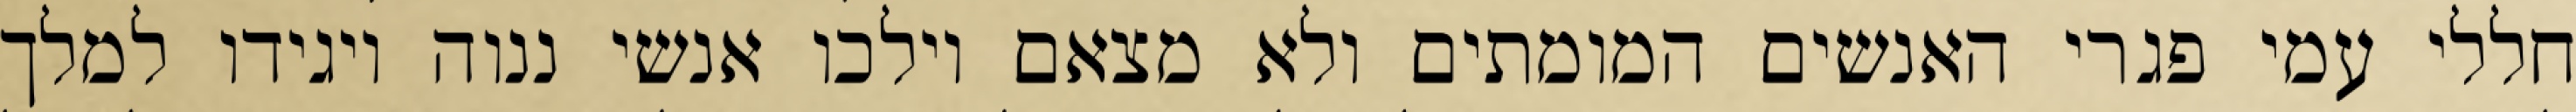
חללי עמי פגרי האנשים המומתים ולא מצאם וילכו אנשי ננוה ויגידו למלך